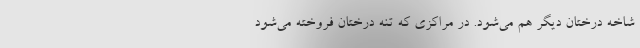
شاخه درختان دیگر هم می‌شود. در مراکزی که تنه درختان فروخته می‌شود